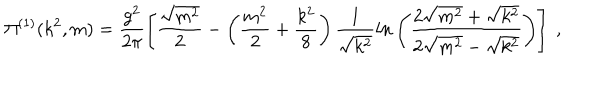
\Pi ^ { ( 1 ) } ( k ^ { 2 } , m ) = \frac { g ^ { 2 } } { 2 \pi } \left[ \frac { \sqrt { m ^ { 2 } } } { 2 } - \left( \frac { m ^ { 2 } } { 2 } + \frac { k ^ { 2 } } { 8 } \right) \frac { 1 } { \sqrt { k ^ { 2 } } } l n \left( \frac { 2 \sqrt { m ^ { 2 } } + \sqrt { k ^ { 2 } } } { 2 \sqrt { m ^ { 2 } } - \sqrt { k ^ { 2 } } } \right) \right] \ ,